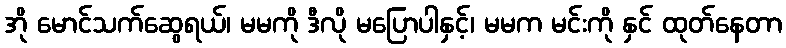
အို မောင်သက်ဆွေရယ်၊ မမကို ဒီလို မပြောပါနှင့်၊ မမက မင်းကို နှင် ထုတ်နေတာ